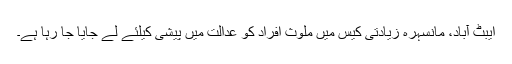
ایبٹ آباد، مانسہرہ زیادتی کیس میں ملوث افراد کو عدالت میں پیشی کیلئے لے جایا جا رہا ہے۔